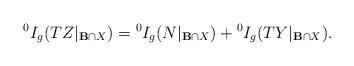
LaTeX: \begin{align*}\begin{aligned}{^{0}I_{g}}(TZ|_{\mathbf{B}\cap X})={^{0}I_{g}}(N|_{\mathbf{B}\cap X})+{^{0}I_{g}}(TY|_{\mathbf{B}\cap X}).\end{aligned}\end{align*}